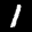
Label: 1